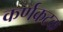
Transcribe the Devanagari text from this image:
कर्णकटक